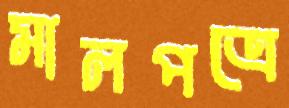
মালপত্রে